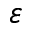
\varepsilon